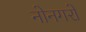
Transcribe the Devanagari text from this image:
नोनगरो